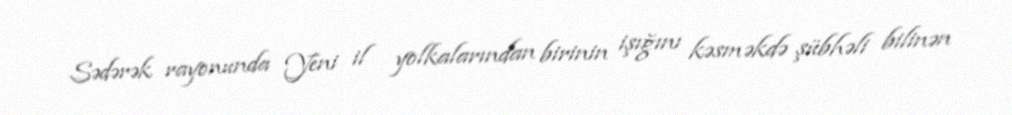
Sədərək rayonunda Yeni il yolkalarından birinin işığını kəsməkdə şübhəli bilinən